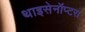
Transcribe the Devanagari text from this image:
थाइसेनॉप्टरा